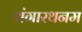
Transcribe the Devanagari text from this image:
थंगारथनम